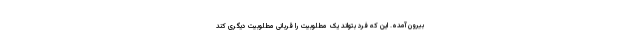
بیرون آمده. این که فرد بتواند یک مطلوبیت را قربانی مطلوبیت دیگری کند